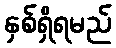
နှစ်ရှိရမည်